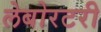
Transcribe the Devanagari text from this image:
लेबोरटरी